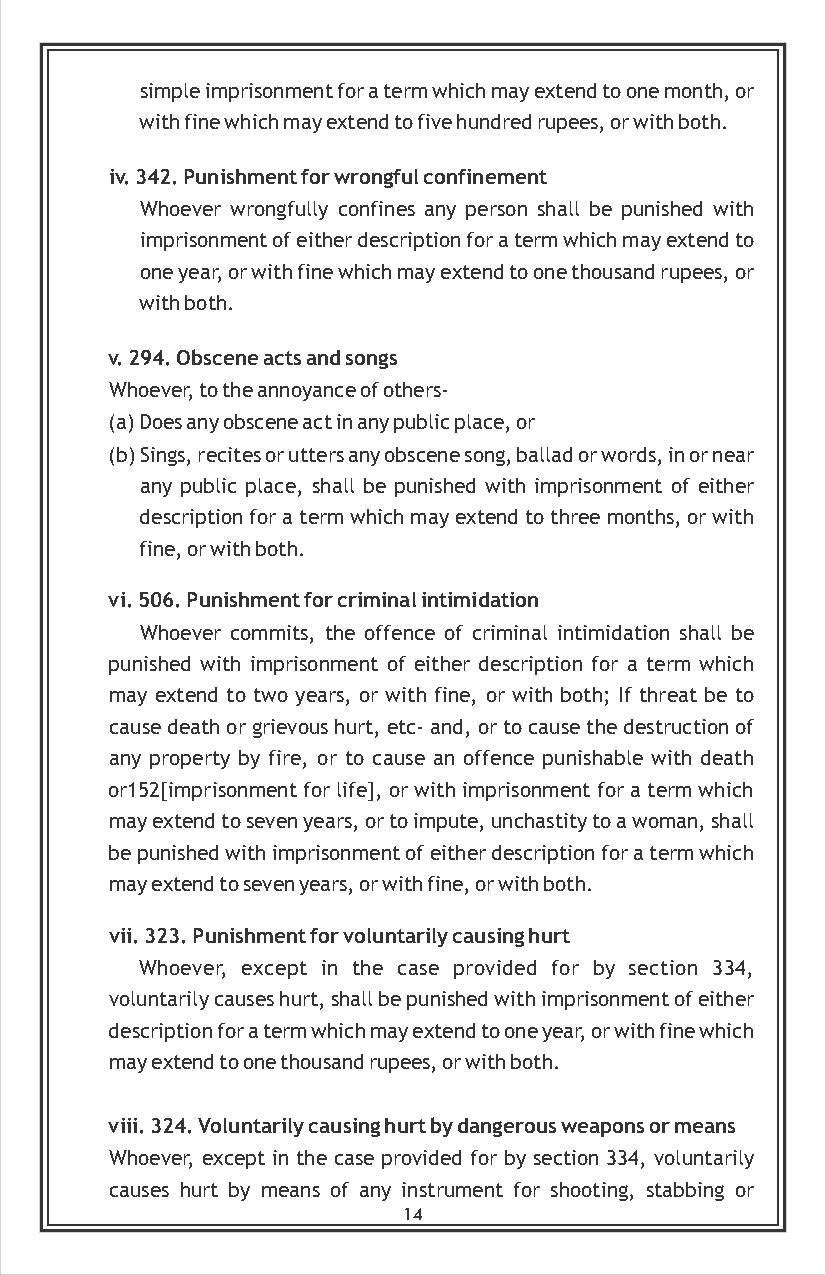
simple imprisonment for a term which may extend to one month, or
 with fine which may extend to five hundred rupees, or with both.
 iv. 342. Punishment for wrongful confinement
 Whoever wrongfully confines any person shall be punished with
 imprisonment of either description for a term which may extend to
 one year, or with fine which may extend to one thousand rupees, or
 with both.
 v. 294. Obscene acts and songs
 Whoever, to the annoyance of others-
 (a) Does any obscene act in any public place, or
 (b) Sings, recites or utters any obscene song, ballad or words, in or near
 any public place, shall be punished with imprisonment of either
 description for a term which may extend to three months, or with
 fine, or with both.
 vi. 506. Punishment for criminal intimidation
 Whoever commits, the offence of criminal intimidation shall be
 punished with imprisonment of either description for a term which
 may extend to two years, or with fine, or with both; If threat be to
 cause death or grievous hurt, etc- and, or to cause the destruction of
 any property by fire, or to cause an offence punishable with death
 or152[imprisonment for life], or with imprisonment for a term which
 may extend to seven years, or to impute, unchastity to a woman, shall
 be punished with imprisonment of either description for a term which
 may extend to seven years, or with fine, or with both.
 vii. 323. Punishment for voluntarily causing hurt
 Whoever, except in the case provided for by section 334,
 voluntarily causes hurt, shall be punished with imprisonment of either
 description for a term which may extend to one year, or with fine which
 may extend to one thousand rupees, or with both.
 viii. 324. Voluntarily causing hurt by dangerous weapons or means
 Whoever, except in the case provided for by section 334, voluntarily
 causes hurt by means of any instrument for shooting, stabbing or
 14